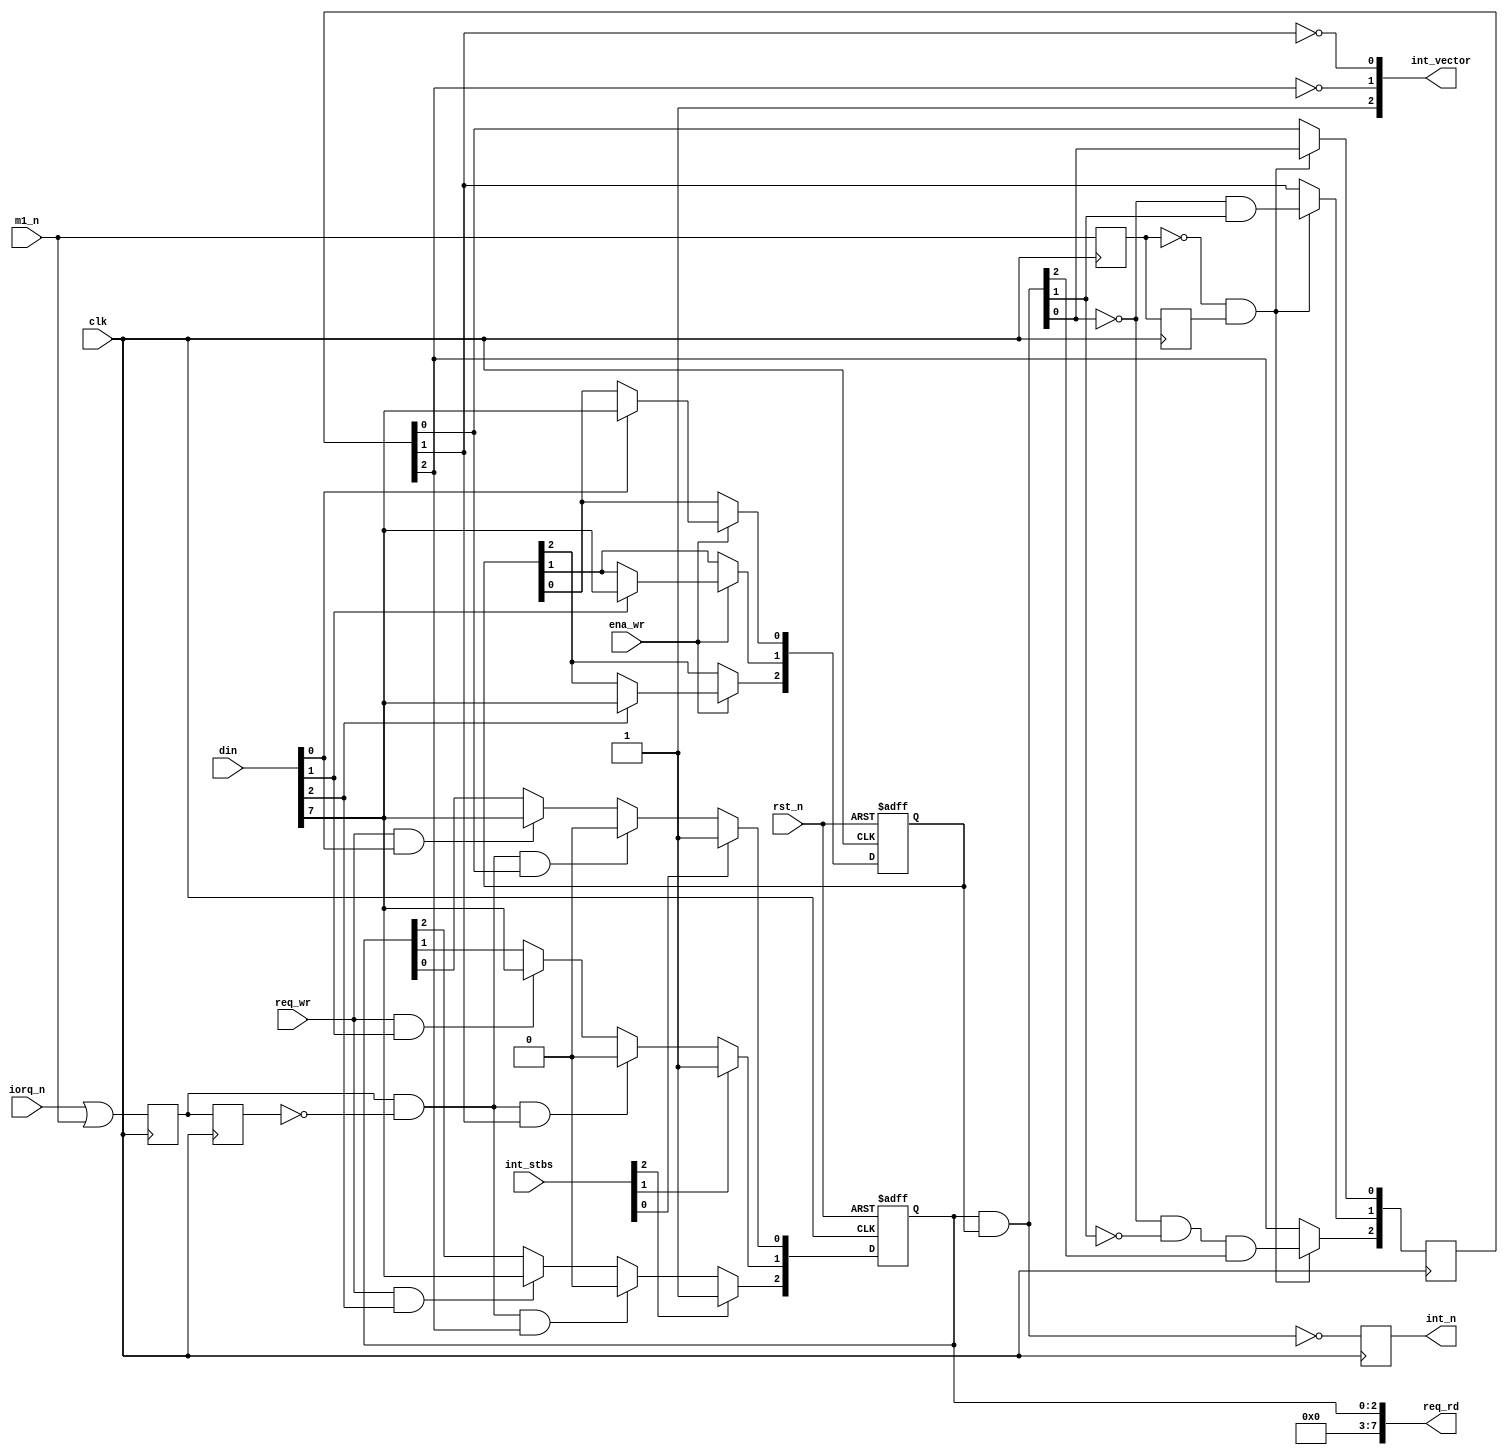
module interrupts
(
	input  wire clk,
	input  wire rst_n,

	input  wire m1_n,
	input  wire iorq_n,

	output reg int_n,


	input  wire [7:0] din,
	output wire [7:0] req_rd,

	output wire [2:0] int_vector,


	input  wire ena_wr,
	input  wire req_wr,

	input  wire [2:0] int_stbs
);
	
	reg m1_r, m1_rr;
	wire m1_beg;

	reg iack_r, iack_rr;
	wire iack_end;

	reg [2:0] ena;
	reg [2:0] req;

	reg [2:0] pri_req;


	wire [2:0] enareq;



	// M1 signal beginning
	always @(posedge clk)
		{m1_rr, m1_r} <= {m1_r, m1_n};
	//
	assign m1_beg = !m1_r && m1_rr;

	// int ack
	always @(negedge clk)
		{iack_rr, iack_r} <= {iack_r, (iorq_n | m1_n) };
	//
	assign iack_end = iack_r && !iack_rr;


	// enables
	always @(posedge clk, negedge rst_n)
	if( !rst_n )
		ena <= 3'b001;
	else if( ena_wr )
	begin
		if( din[0] ) ena[0] <= din[7];
		if( din[1] ) ena[1] <= din[7];
		if( din[2] ) ena[2] <= din[7];
	end



	// requests
	always @(posedge clk, negedge rst_n)
	if( !rst_n )
		req <= 3'b000;
	else
	begin : req_control

		integer i;

		for(i=0;i<3;i=i+1)
		begin
			if( int_stbs[i] )
				req[i] <= 1'b1;
			else if( iack_end && pri_req[i] )
				req[i] <= 1'b0;
			else if( req_wr && din[i] )
				req[i] <= din[7];
		end
	end

	// readback requests
	assign req_rd = { 5'd0, req[2:0] };



	assign enareq = req & ena;


	// make prioritized request position
	always @(posedge clk)
	if( m1_beg )
	begin
		pri_req[0] <=  enareq[0] ;
		pri_req[1] <= !enareq[0] &&  enareq[1] ;
		pri_req[2] <= !enareq[0] && !enareq[1] && enareq[2];
	end
	//
	assign int_vector = { 1'b1, ~pri_req[2], ~pri_req[1] }; // for 3 requests only


	// gen interrupt
	always @(posedge clk)
		int_n <= !enareq;


endmodule